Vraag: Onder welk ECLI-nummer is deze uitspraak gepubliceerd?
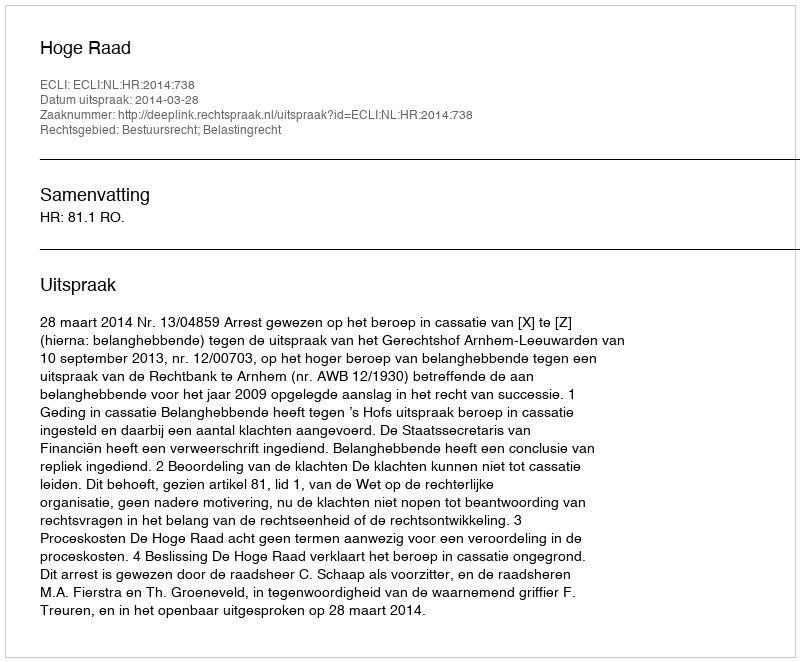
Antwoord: ECLI:NL:HR:2014:738